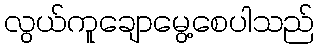
လွယ်ကူချောမွေ့စေပါသည်